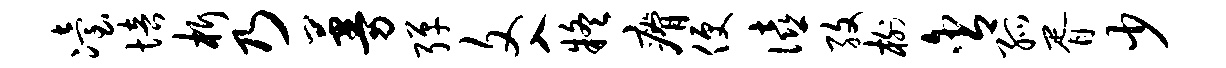
冶培析乃蔓弹文入疑瘠便僖孜榭含孤胥少